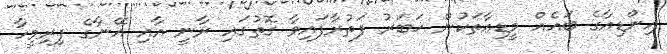
އިންޑިއާގެ ބައެއް މީޑިއާތަކުން ޚަބަރު ފަތުރާފައިވާ ގޮތުގައި ރާނީ އާއި އޭނާގެ ފިރިމީހާ